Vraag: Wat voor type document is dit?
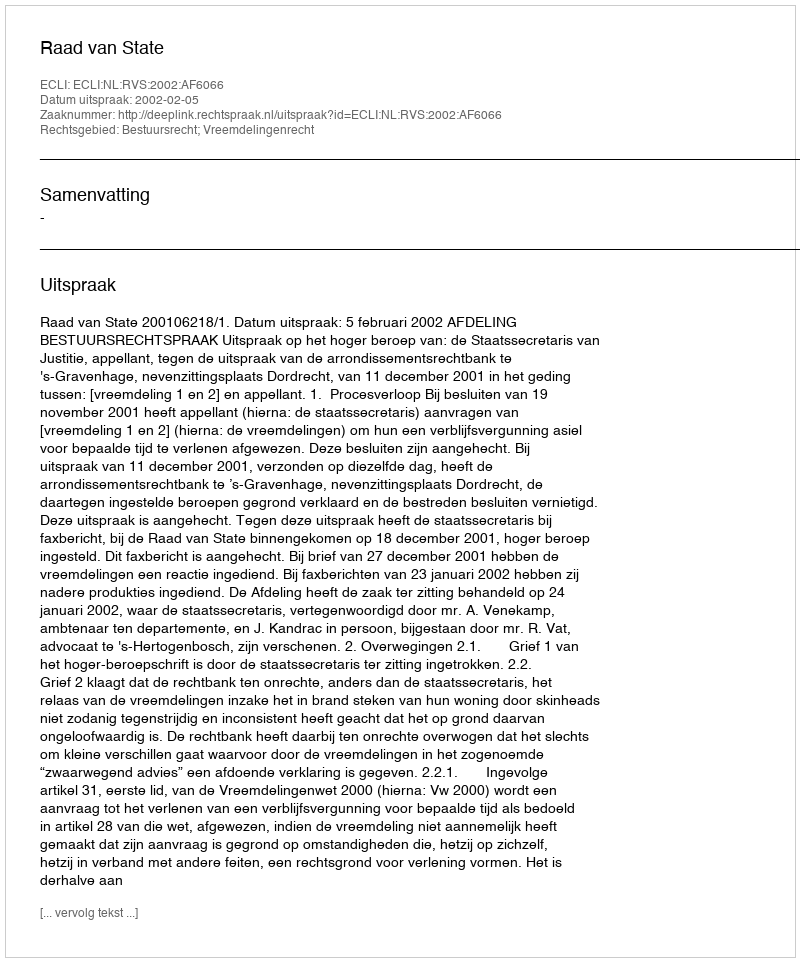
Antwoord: Uitspraak